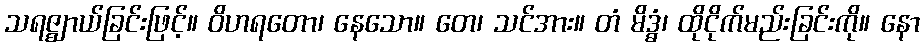
သရဇ္ဈာယ်ခြင်းဖြင့်။ ဝိဟရတော၊ နေသော။ တေ၊ သင်အား။ တံ မိဒ္ဓံ၊ ထိုငိုက်မည်းခြင်းကို။ နော